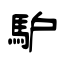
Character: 馿